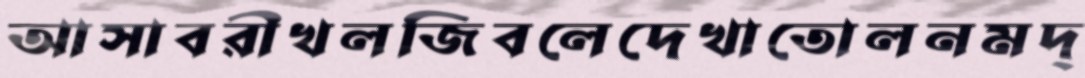
আসাবরীখলজিবলেদেখাতোলনমদ্